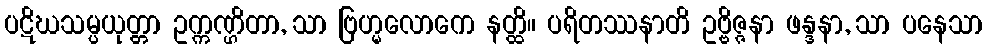
ပဋိဃသမ္ပယုတ္တာ ဥက္ကဏ္ဌိတာ, သာ ဗြဟ္မလောကေ နတ္ထိ။ ပရိတဿနာတိ ဥဗ္ဗိဇ္ဇနာ ဖန္ဒနာ, သာ ပနေသာ